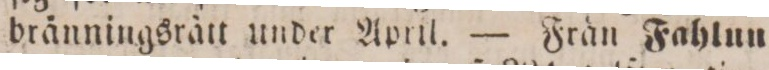
brånningsrätt under April. — Frän Fahlun